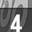
Digit: 4